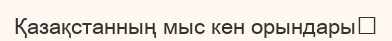
Қазақстанның мыс кен орындары‎